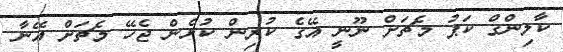
ކާލިންގް ކަޕު މެޗަށް ނޫނީ އޭގެ ކުރިން ކުޅެން ޖެހޭ މެޗަށް އޭނާ